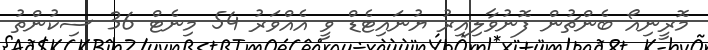
މޮރީނިއޯ ބެންޗުން ފޮނުވާލިއިރު ޔުނައިޓެޑް ވީ އެއްވަރު 54 މިނެޓް 36 ސިކުންތު